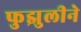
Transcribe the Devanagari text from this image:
फुझुलीने